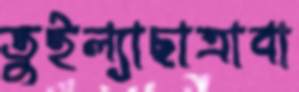
তুইল্যাছাত্রাবা